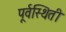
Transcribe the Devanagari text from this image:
पूर्वस्थिती